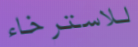
للاسترخاء